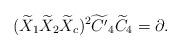
LaTeX: \begin{align*}(\widetilde{X}_1 \widetilde{X}_2 \widetilde{X}_c)^2 \widetilde{C^\prime}_4 \widetilde{C}_4 = \partial. \end{align*}